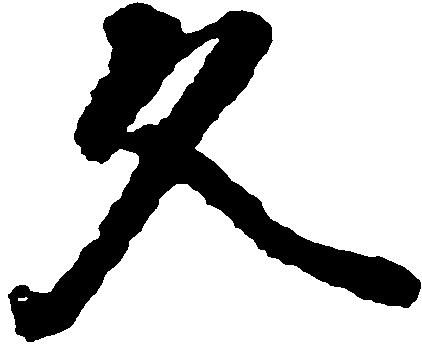
久